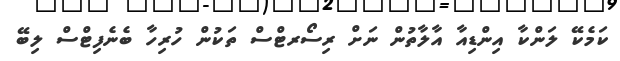
ކަމެކޭ ލަންކާ އިންޑިއާ އާލާތުން ނަށް ރިސޯރޓްސް ތަކުން ހުރިހާ ބެނެފިޓްސް ލިބޭ